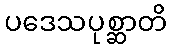
ပဒေသပုစ္ဆာတိ